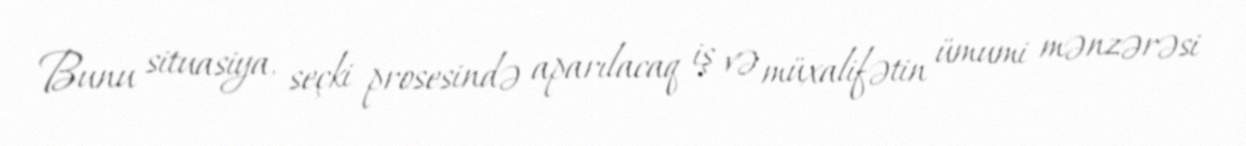
Bunu situasiya, seçki prosesində aparılacaq iş və müxalifətin ümumi mənzərəsi